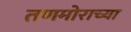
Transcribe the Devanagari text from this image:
तणमोराच्या